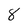
Character: 8